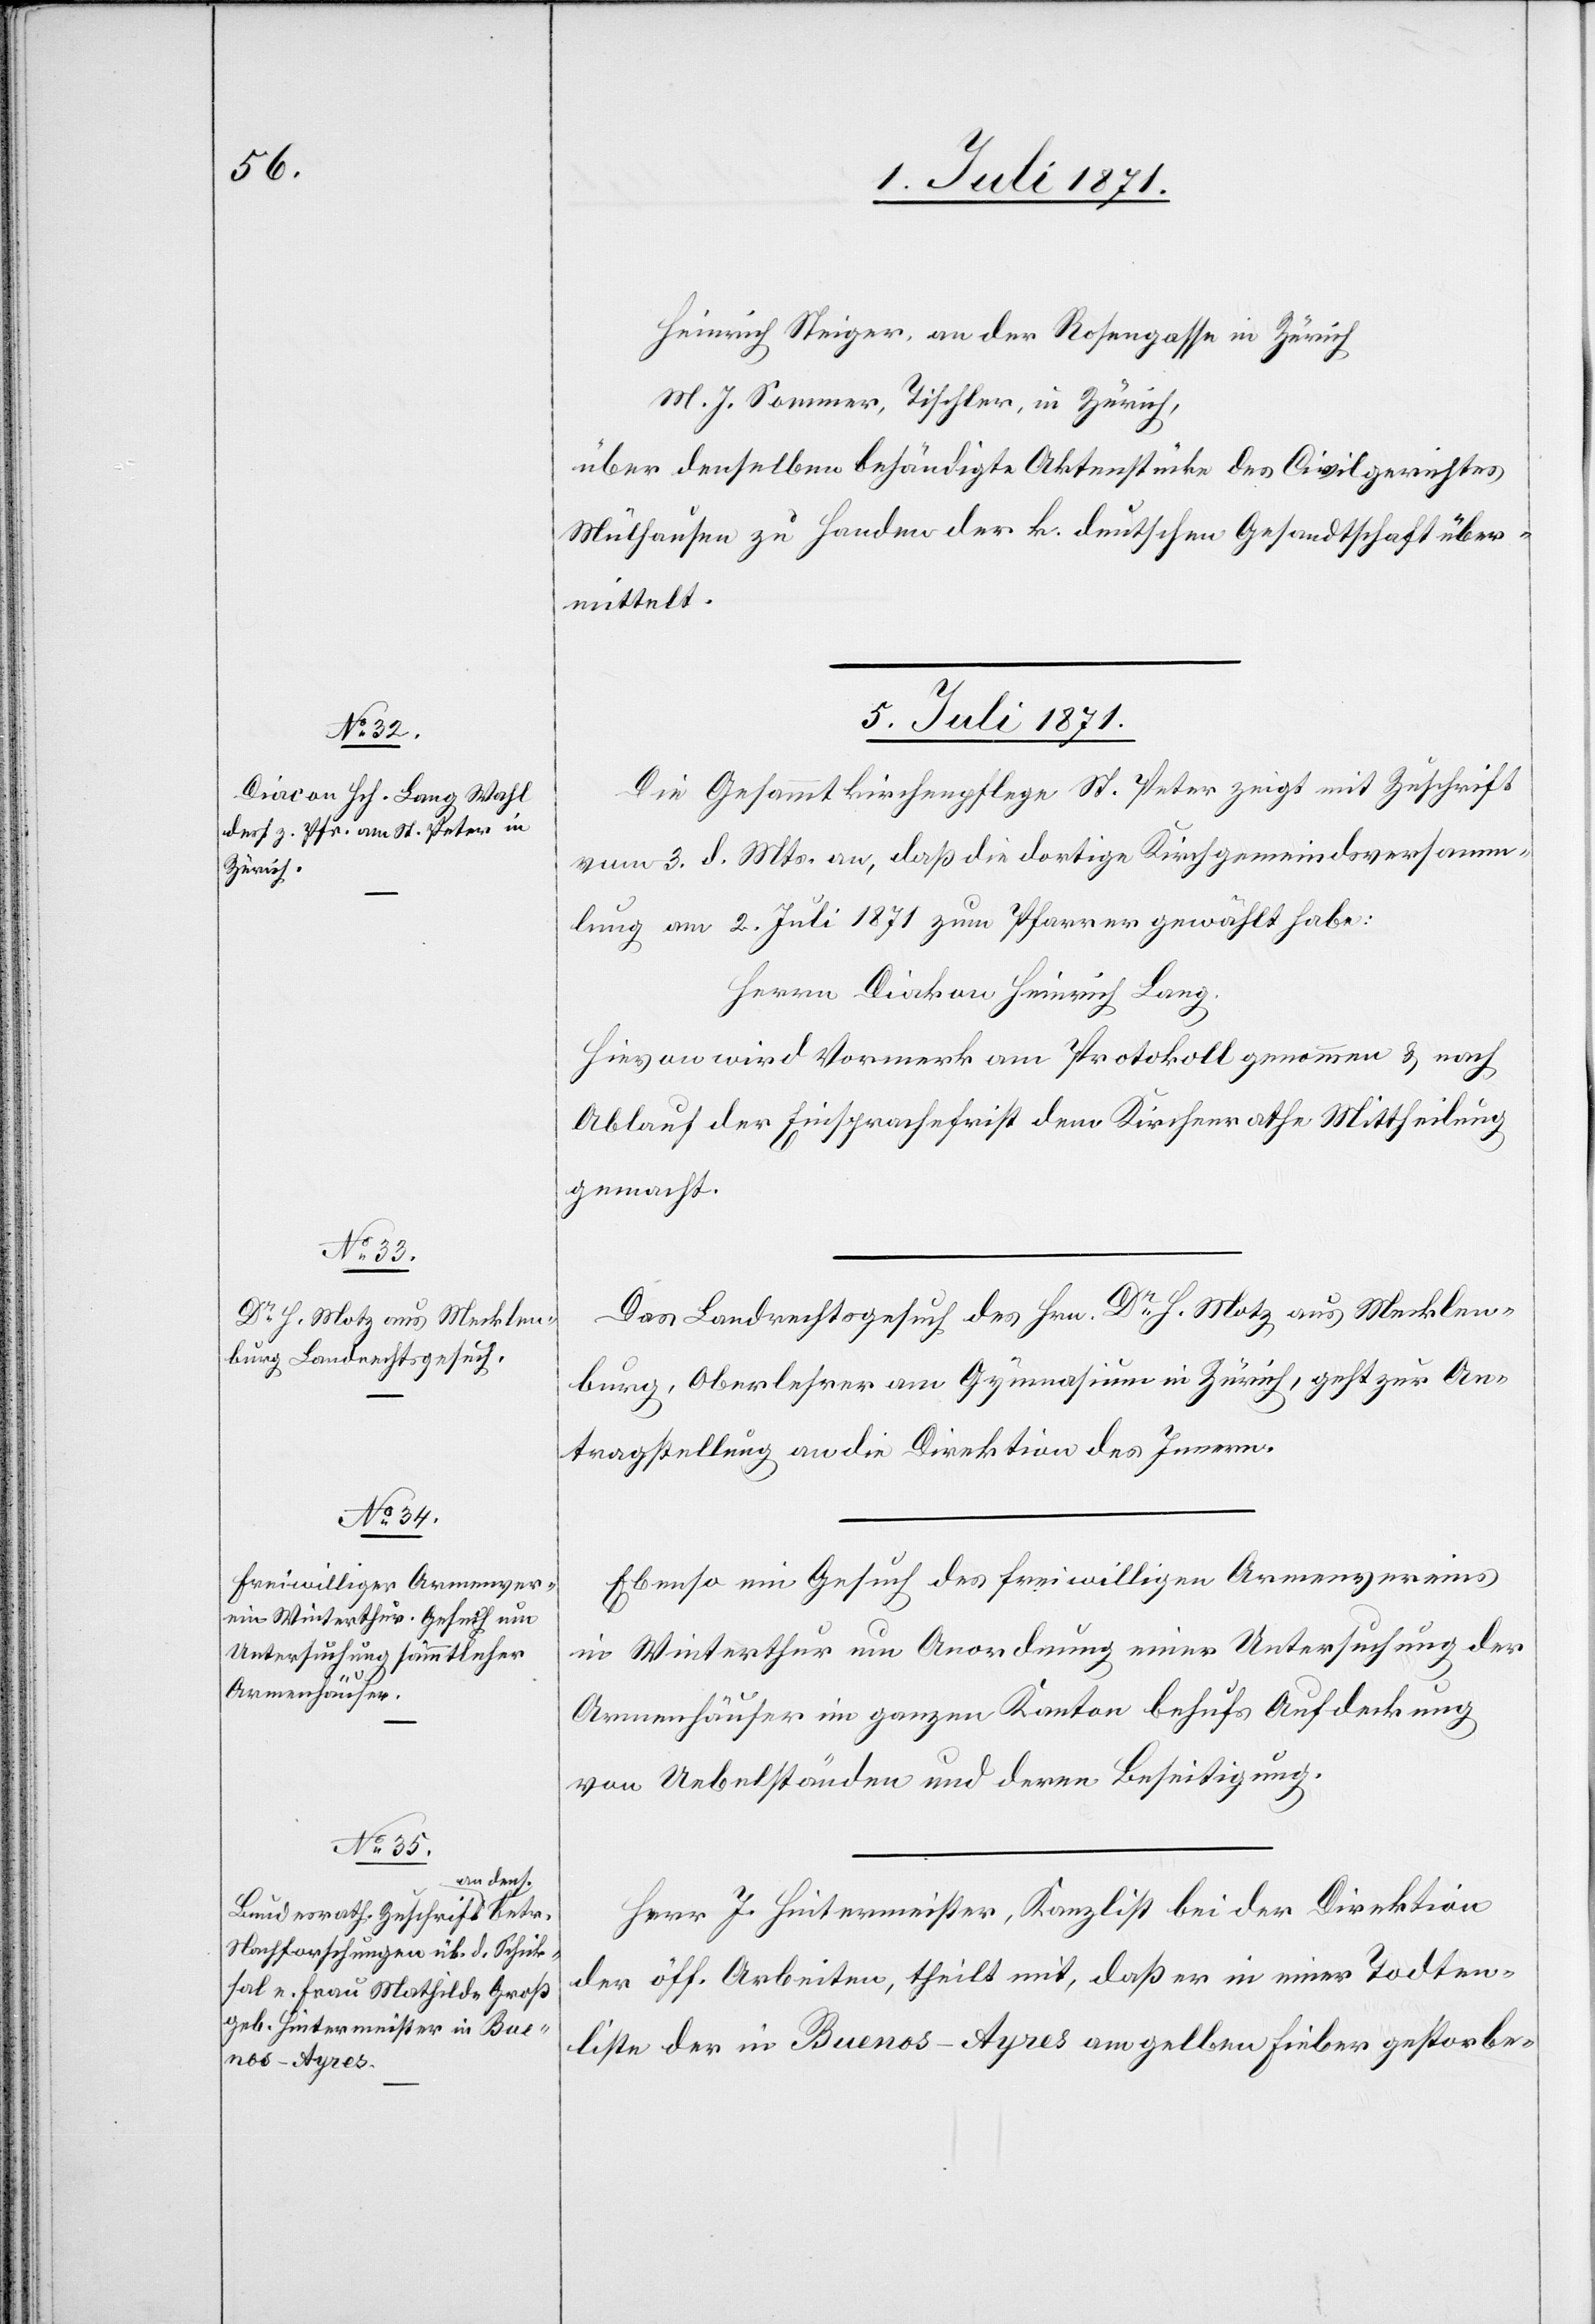
Heinrich Steiger, an der Rosengasse in Zürich
M. J. Sommer, Tischler, in Zürich,
über denselben behändigte Aktenstücke des Civilgerichtes
Mülhausen zu Handen der k. deutschen Gesandtschaft über¬
mittelt.
5. Juli 1871.]
Die Gesammtkirchenpflege St. Peter zeigt mit Zuschrift
vom 3. d. Mts. an, daß die dortige Kirchgemeindsversamm¬
lung am 2. Juli 1871 zum Pfarrer gewählt habe:
Herrn Diakon Heinrich Lang.
Hievon wird Vormerk am Protokoll genommen u. nach
Ablauf der Einsprachefrist dem Kirchenrathe Mittheilung
gemacht.
Das Landrechtsgesuch des Hrn. Dr. H. Motz aus Mecklen¬
burg, Oberlehrer am Gymnasium in Zürich, geht zur An¬
tragstellung an die Direktion des Innern.
Ebenso ein Gesuch des freiwilligen Armenvereins
in Winterthur um Anordnung einer Untersuchung der
Armenhäuser im ganzen Kanton behufs Aufdeckung
von Uebelständen und deren Beseitigung.
Herr J. Hintermeister, Kanzlist bei der Direktion
der öff. Arbeiten, theilt mit, daß er in einer Todten¬
liste der in Buenos-Ayres am gelben Fieber gestorbe-